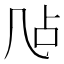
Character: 𪞲